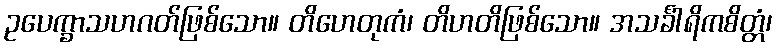
ဥပေက္ခာသဟဂတ်ဖြစ်သော။ တိဟေတုကံ၊ တိဟတိဖြစ်သော။ အသင်္ခါရိကစိတ္တံ၊